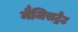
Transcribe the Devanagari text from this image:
मैजिसट्रेट